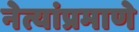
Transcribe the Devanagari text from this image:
नेत्यांप्रमाणे